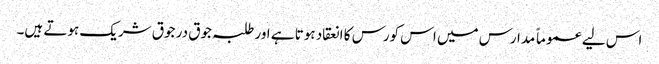
اس لیے عموماً مدارس میں اس کورس کا انعقاد ہوتا ہے اور طلبہ جوق در جوق شریک ہوتے ہیں۔